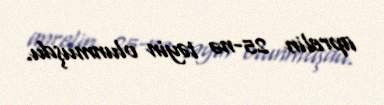
aprelin 25-nə təyin olunmuşdu.